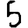
Digit: 5